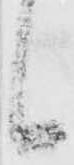
候